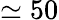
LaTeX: \simeq 50